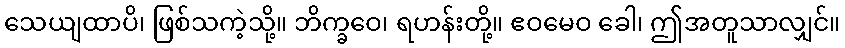
သေယျထာပိ၊ ဖြစ်သကဲ့သို့။ ဘိက္ခဝေ၊ ရဟန်းတို့။ ဧဝမေဝ ခေါ၊ ဤအတူသာလျှင်။